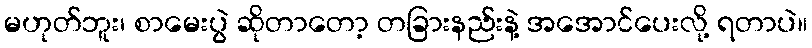
မဟုတ်ဘူး၊ စာမေးပွဲ ဆိုတာတော့ တခြားနည်းနဲ့ အအောင်ပေးလို့ ရတာပဲ။